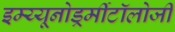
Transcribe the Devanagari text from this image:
इम्य्यूनोडर्र्मीटॉलोजी